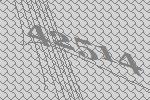
42514